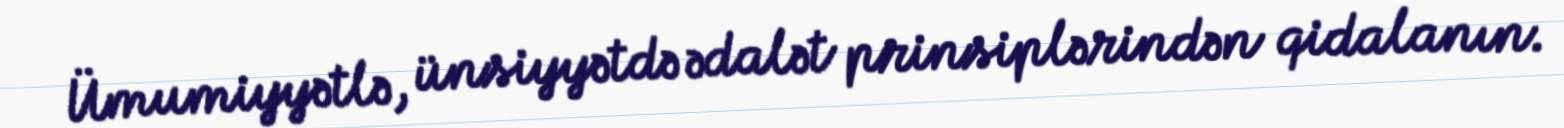
Ümumiyyətlə, ünsiyyətdə ədalət prinsiplərindən qidalanın.